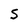
Character: S